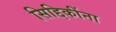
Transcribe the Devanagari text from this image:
सिद्दिकींना